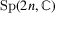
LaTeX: \operatorname { S p } ( 2 n , \mathbb { C } )